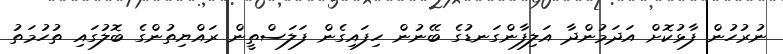
ނުރުހުން ފާޅުކޮށް އަދަމުންދާ އަލިފާންގަނޑުގެ ބޭނުން ހިފައިގެން ފަލަސްތީން ރައްޔިތުންގެ ބޮލުގައި ތުހުމަތު